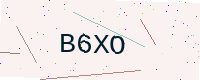
Text: B6XO